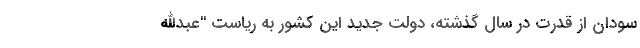
سودان از قدرت در سال گذشته، دولت جدید این کشور به ریاست "عبدالله